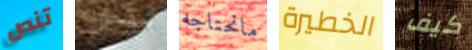
تنص مشمس مانحتاجه الخطيرة كيف